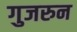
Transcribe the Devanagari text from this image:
गुजरुन